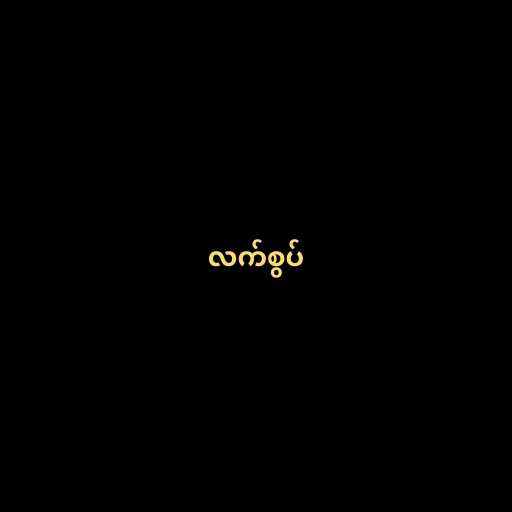
လက်စွပ်